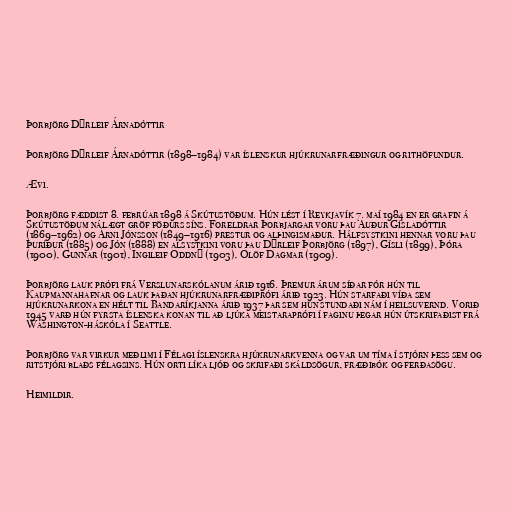
Þorbjörg Dýrleif Árnadóttir

Þorbjörg Dýrleif Árnadóttir (1898–1984) var íslenskur hjúkrunarfræðingur og rithöfundur.

Ævi.

Þorbjörg fæddist 8. febrúar 1898 á Skútustöðum. Hún lést í Reykjavík 7. maí 1984 en er grafin á
Skútustöðum nálægt gröf föðurs síns. Foreldrar Þorbjargar voru þau Auður Gísladóttir
(1869–1962) og Árni Jónsson (1849–1916) prestur og alþingismaður. Hálfsystkini hennar voru þau
Þuríður (1885) og Jón (1888) en alsystkini voru þau Dýrleif Þorbjörg (1897), Gísli (1899), Þóra
(1900), Gunnar (1901), Ingileif Oddný (1903), Ólöf Dagmar (1909).

Þorbjörg lauk prófi frá Verslunarskólanum árið 1916. Þremur árum síðar fór hún til
Kaupmannahafnar og lauk þaðan hjúkrunarfræðiprófi árið 1923. Hún starfaði víða sem
hjúkrunarkona en hélt til Bandaríkjanna árið 1937 þar sem hún stundaði nám í heilsuvernd. Vorið
1945 varð hún fyrsta íslenska konan til að ljúka meistaraprófi í faginu þegar hún útskrifaðist frá
Washington-háskóla í Seattle.

Þorbjörg var virkur meðlimi í Félagi íslenskra hjúkrunarkvenna og var um tíma í stjórn þess sem og
ritstjóri blaðs félagsins. Hún orti líka ljóð og skrifaði skáldsögur, fræðibók og ferðasögu.

Heimildir.